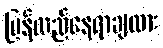
ပြန်လည်နေရာချထား